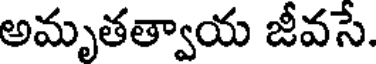
అమృతత్వాయ జీవసే.